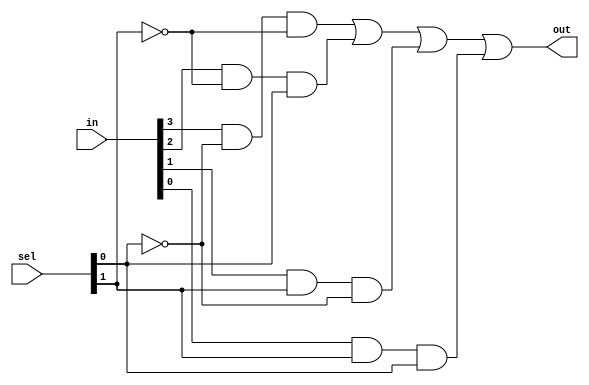
module mux_4to1(out,in,sel);

	input [0:3] in; 
	input [0:1] sel; 
	output out;

	wire a,b,c,d,n1,n2,a1,a2,a3,a4;

	not n(n1,sel[1]); 
	not nn(n2,sel[0]);
	and (a1,in[0],n1,n2);
	and (a2,in[1],n2,sel[1]);
	and (a3,in[2],sel[0],n1); 
	and (a4,in[3],sel[0],sel[1]);
	or or1(out,a1,a2,a3,a4);

 endmodule

module mux_16to1(out,in,sel); 

    input [0:15] in; 
    input [0:3] sel;
    output out;

    wire [0:3] ma;

    mux_4to1 mux1(ma[0],in[0:3],sel[2:3]);
    mux_4to1 mux2(ma[1],in[4:7],sel[2:3]);
    mux_4to1 mux3(ma[2],in[8:11],sel[2:3]);
    mux_4to1 mux4(ma[3],in[12:15],sel[2:3]);
    mux_4to1 mux5(out,ma,sel[0:1]);

endmodule